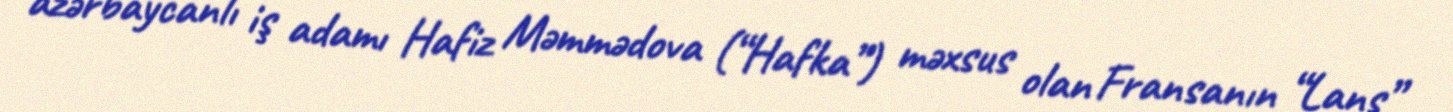
azərbaycanlı iş adamı Hafiz Məmmədova (“Hafka”) məxsus olan Fransanın “Lans”